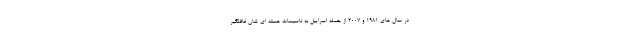
در سال های 1981 و 2007 از حمله اسراییل به تاسیسات هسته ای شان غافلگیر